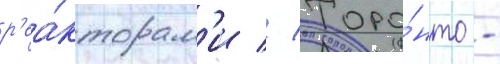
р'еа́кторам'и // Торо́нто -